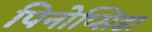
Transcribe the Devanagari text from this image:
पिनोप्सिडा